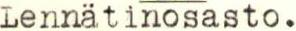
Lennätinosasto.